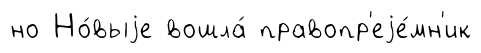
но Но́выjе вошла́ правопр'еjе́мн'ик